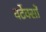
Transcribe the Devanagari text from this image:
वर्टेक्सों